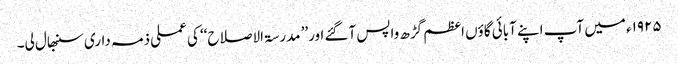
۱۹۲۵ء میں آپ اپنے آبائی گاؤں اعظم گڑھ واپس آگئے اور’’ مدرسۃ الاصلاح‘‘ کی عملی ذمہ داری سنبھال لی۔